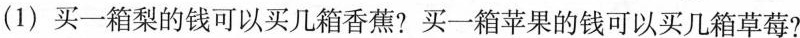
(1)买一箱梨的钱可以买几箱香蕉?买一箱苹果的钱可以买几箱草莓?